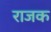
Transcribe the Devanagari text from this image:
राजक